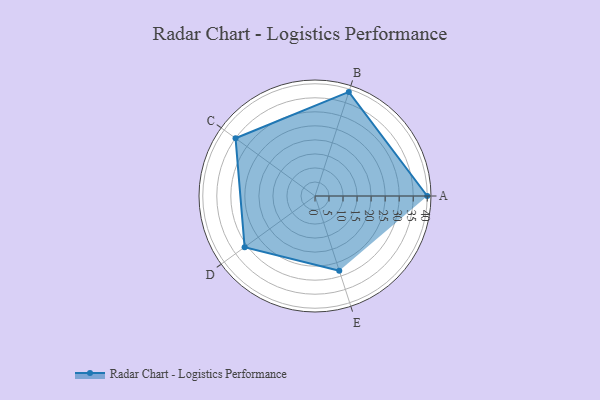
{"axis": {"x": "Skill", "y": "Score"}, "legend": ["Profile"], "data": [{"x": "A", "y": 40.0, "type": "Profile"}, {"x": "B", "y": 39.0, "type": "Profile"}, {"x": "C", "y": 35.0, "type": "Profile"}, {"x": "D", "y": 31.0, "type": "Profile"}, {"x": "E", "y": 28.0, "type": "Profile"}]}